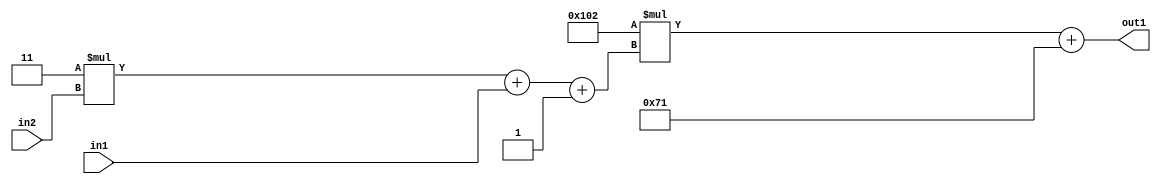
`timescale 1ps / 1ps
/*****************************************************************************
    Verilog RTL Description
    
    
    Created by: Stratus DpOpt 2019.1.01 
*******************************************************************************/

module DC_Filter_Add2i113Mul2i258Add3i1u1Mul2i3u2_4 (
	in2,
	in1,
	out1
	); /* architecture "behavioural" */ 
input [1:0] in2;
input  in1;
output [11:0] out1;
wire [11:0] asc001;
wire [3:0] asc002;

wire [3:0] asc002_tmp_0;
wire [3:0] asc002_tmp_1;
assign asc002_tmp_1 = 
	+(4'B0011 * in2);
assign asc002_tmp_0 = asc002_tmp_1
	+(in1);
assign asc002 = asc002_tmp_0
	+(4'B0001);

wire [11:0] asc001_tmp_2;
assign asc001_tmp_2 = 
	+(12'B000100000010 * asc002);
assign asc001 = asc001_tmp_2
	+(12'B000001110001);

assign out1 = asc001;
endmodule

/* CADENCE  vrP5Swo= : u9/ySgnWtBlWxVPRXgAZ4Og= ** DO NOT EDIT THIS LINE ******/